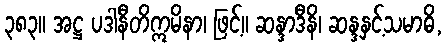
၃၈၃။ အဋ္ဌ ပဒါနီတိဣမိနာ၊ ဖြင့်။ ဆန္ဒာဒီနိ၊ ဆန္ဒနှင့်သမာဓိ,